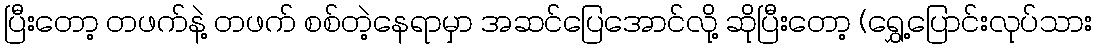
ပြီးတော့ တဖက်နဲ့ တဖက် စစ်တဲ့နေရာမှာ အဆင်ပြေအောင်လို့ ဆိုပြီးတော့ (ရွှေ့ပြောင်းလုပ်သား